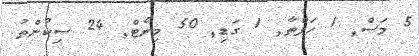
5 މަސް